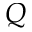
Q